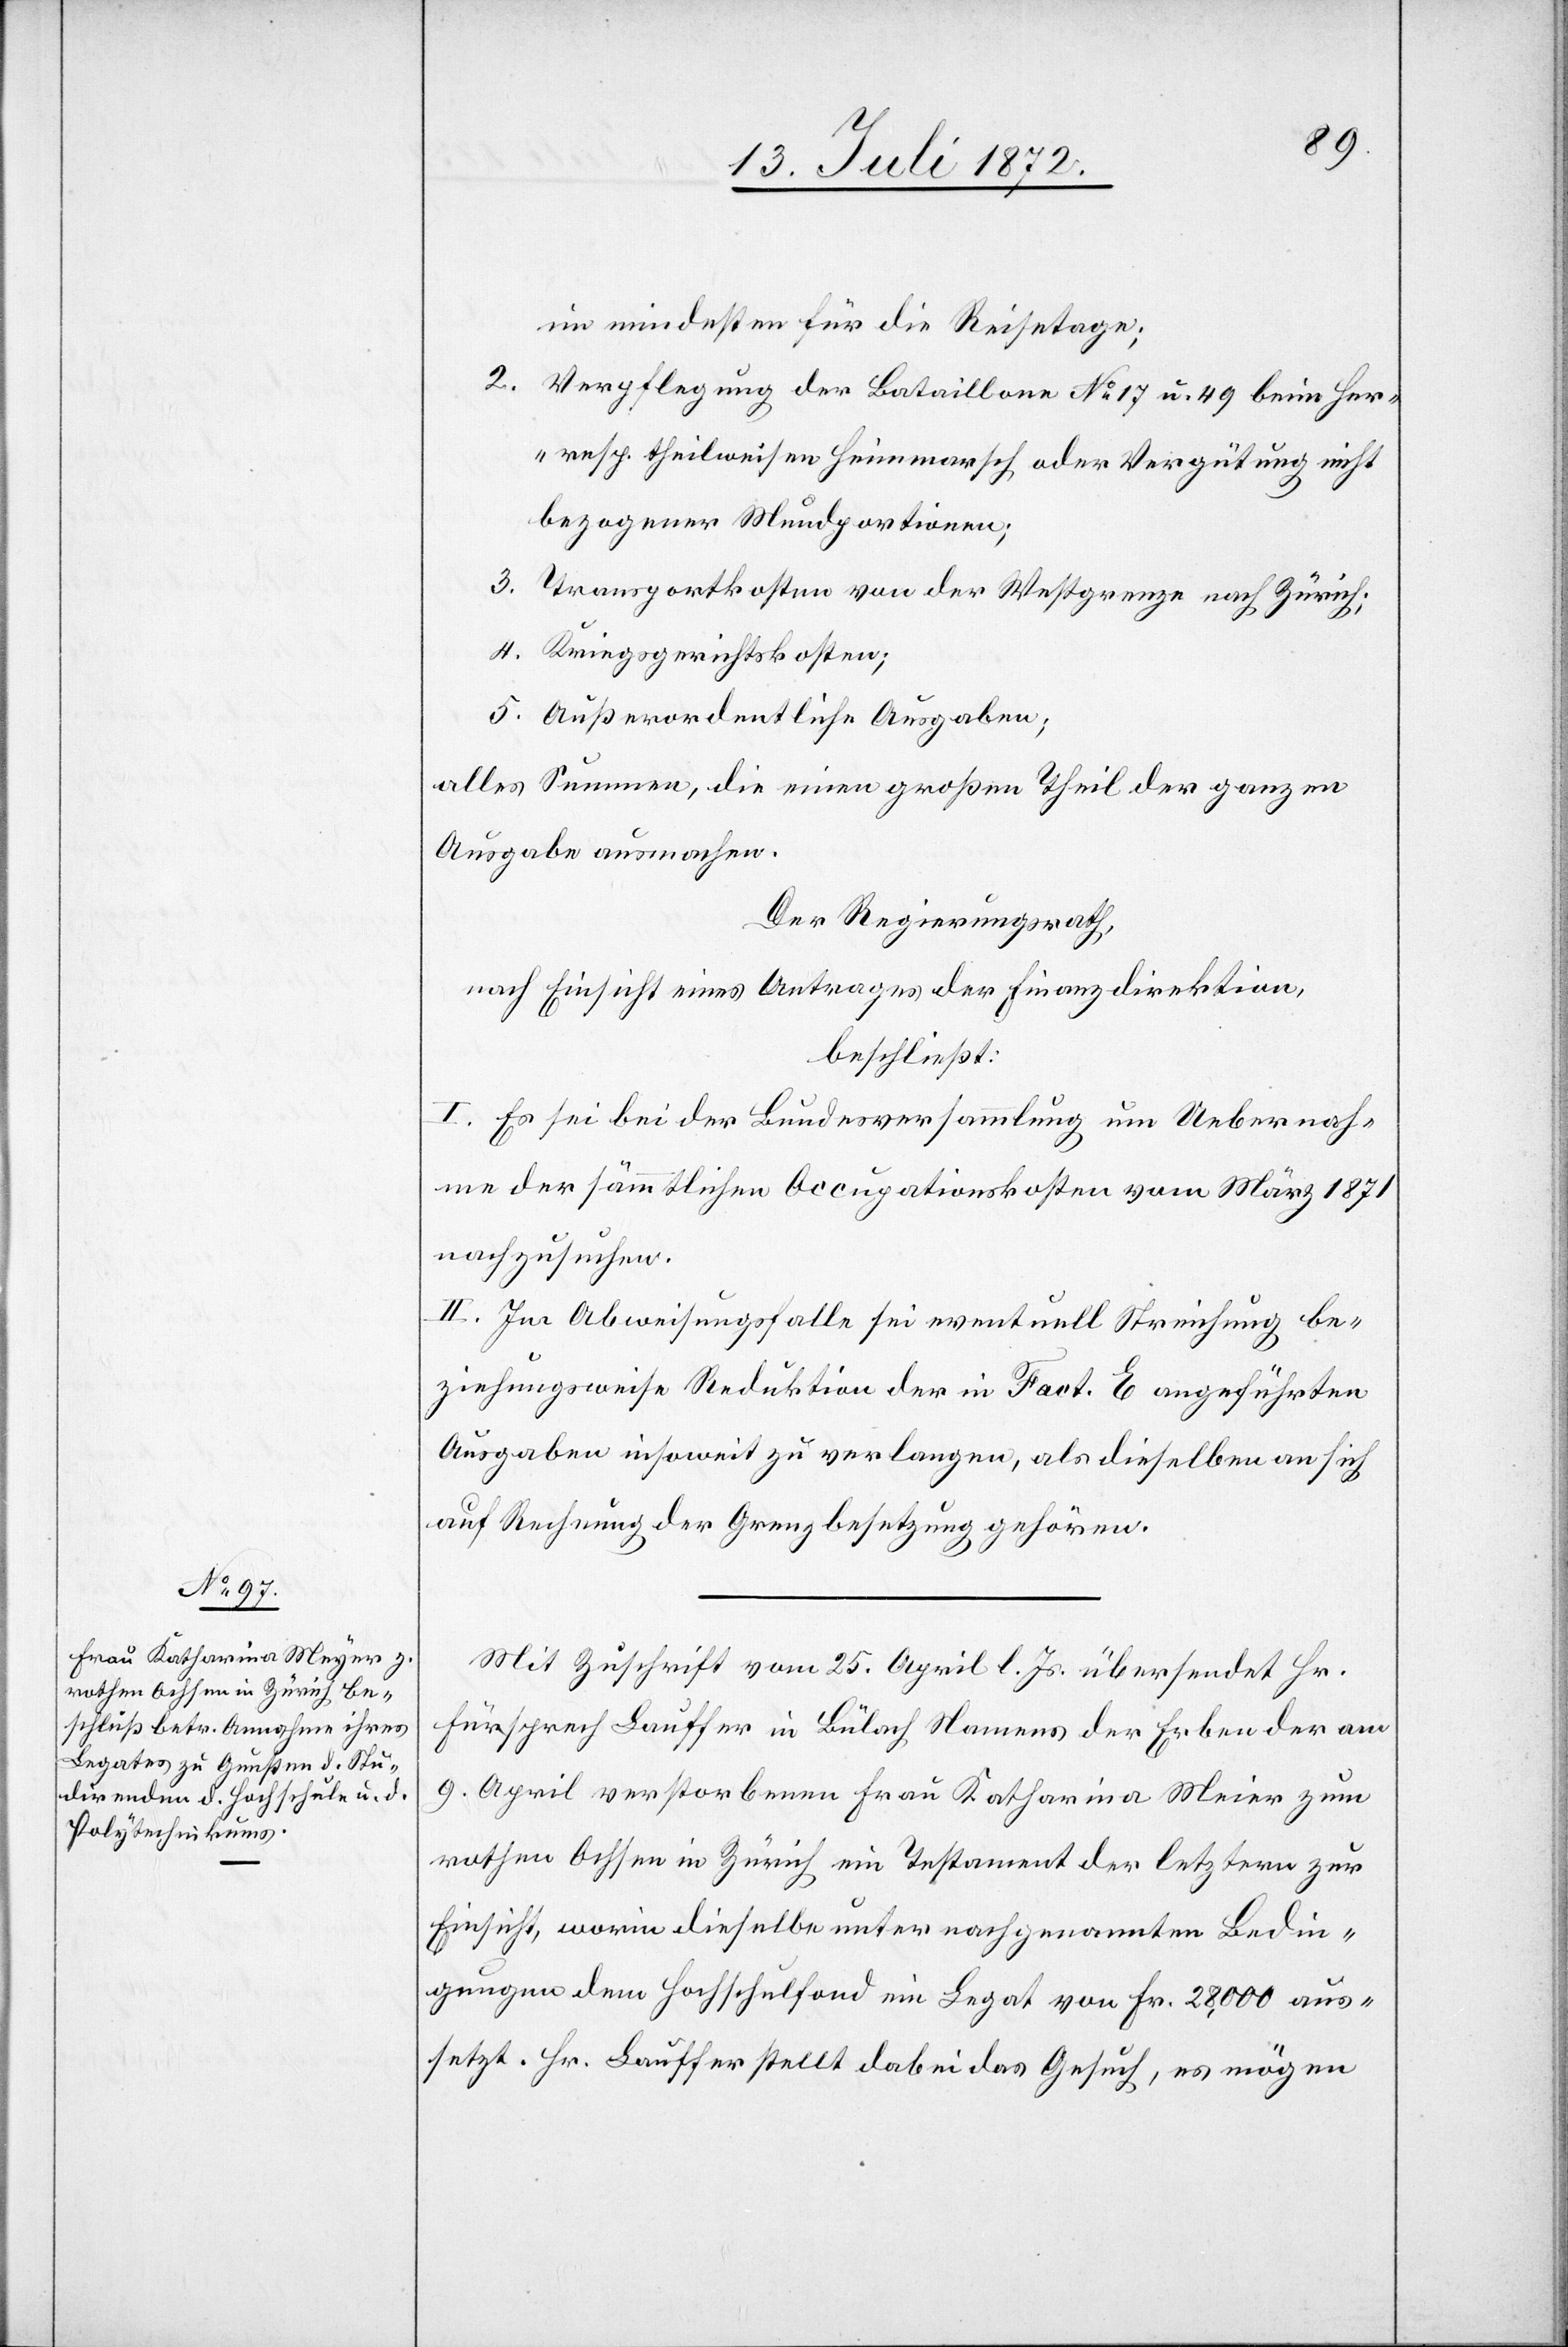
im mindesten für die Reisetage;
2. Verpflegung der Bataillone No 17 u. 49 beim Her-
resp. theilweisen Heimmarsch oder Vergütung nicht
bezogener Mundportionen;
3. Transportkosten von der Westgrenze nach Zürich;
4. Kriegsgerichtskosten;
5. Außerordentliche Ausgaben;
alles Summen, die einen großen Theil der ganzen
Ausgabe ausmachen.
Der Regierungsrath,
nach Einsicht eines Antrages der Finanzdirektion,
beschließt:
I. Es sei bei der Bundesversammlung um Uebernah¬
me der sämmtlichen Occupationskosten vom März 1871
nachzusuchen.
II. Im Abweisungsfalle sei eventuell Streichung be¬
ziehungsweise Reduktion der in Fact. E aufgeführten
Ausgaben insoweit zu verlangen, als dieselben an sich
auf Rechnung der Grenzbesetzung gehören.
Mit Zuschrift vom 25. April l. Js. übersendet Hr.
Fürsprech Lauffer in Bülach Namens der Erben der am
9. April verstorbenen Frau Katharina Meier
rothen Ochsen in Zürich ein Testament der letztern zur
Einsicht, worin dieselbe unter nachgenannten Bedin¬
gungen dem Hochschulfond ein Legat von Fr. 28,000 aus¬
setzt. Hr. Lauffer stellt dabei das Gesuch, es mögen